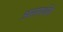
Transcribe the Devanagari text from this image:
असमर्थसे